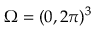
\Omega = ( 0 , 2 \pi ) ^ { 3 }